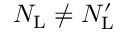
N _ { \mathrm { L } } \neq N _ { \mathrm { L } } ^ { \prime }